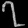
Digit: ၇